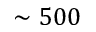
\sim 5 0 0